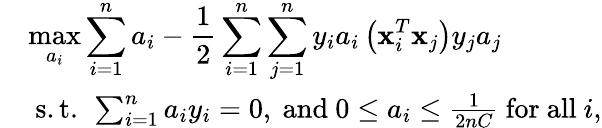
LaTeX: \begin{array}{rl}&{\displaystyle\operatorname*{max}_{a_{i}}\sum_{i=1}^{n}a_{i}-\frac{1}{2}\sum_{i=1}^{n}\sum_{j=1}^{n}y_{i}a_{i}\left(\mathbf{x}_{i}^{T}\mathbf{x}_{j}\right)y_{j}a_{j}}\\ &{\mathrm{~s.t.~}\sum_{i=1}^{n}a_{i}y_{i}=0,\mathrm{~and~}0\leq a_{i}\leq\frac{1}{2nC}\mathrm{~for~all~}i,}\end{array}